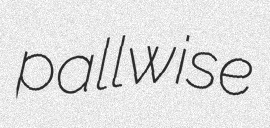
pallwise